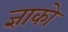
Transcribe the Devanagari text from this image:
ज्ञाको